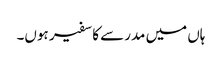
ہاں میں مدرسے کا سفیر ہوں۔